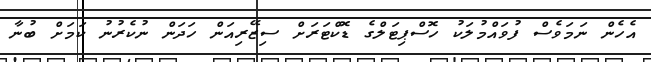
އެހެން ނަމަވެސް ފުވައްމުލަކު ހޮސްޕިޓަލްގެ ޑޮކްޓަރަށް ސިޒޭރިއަން ހަދަން ނުކެރުނު ކަމަށް ބުނާ